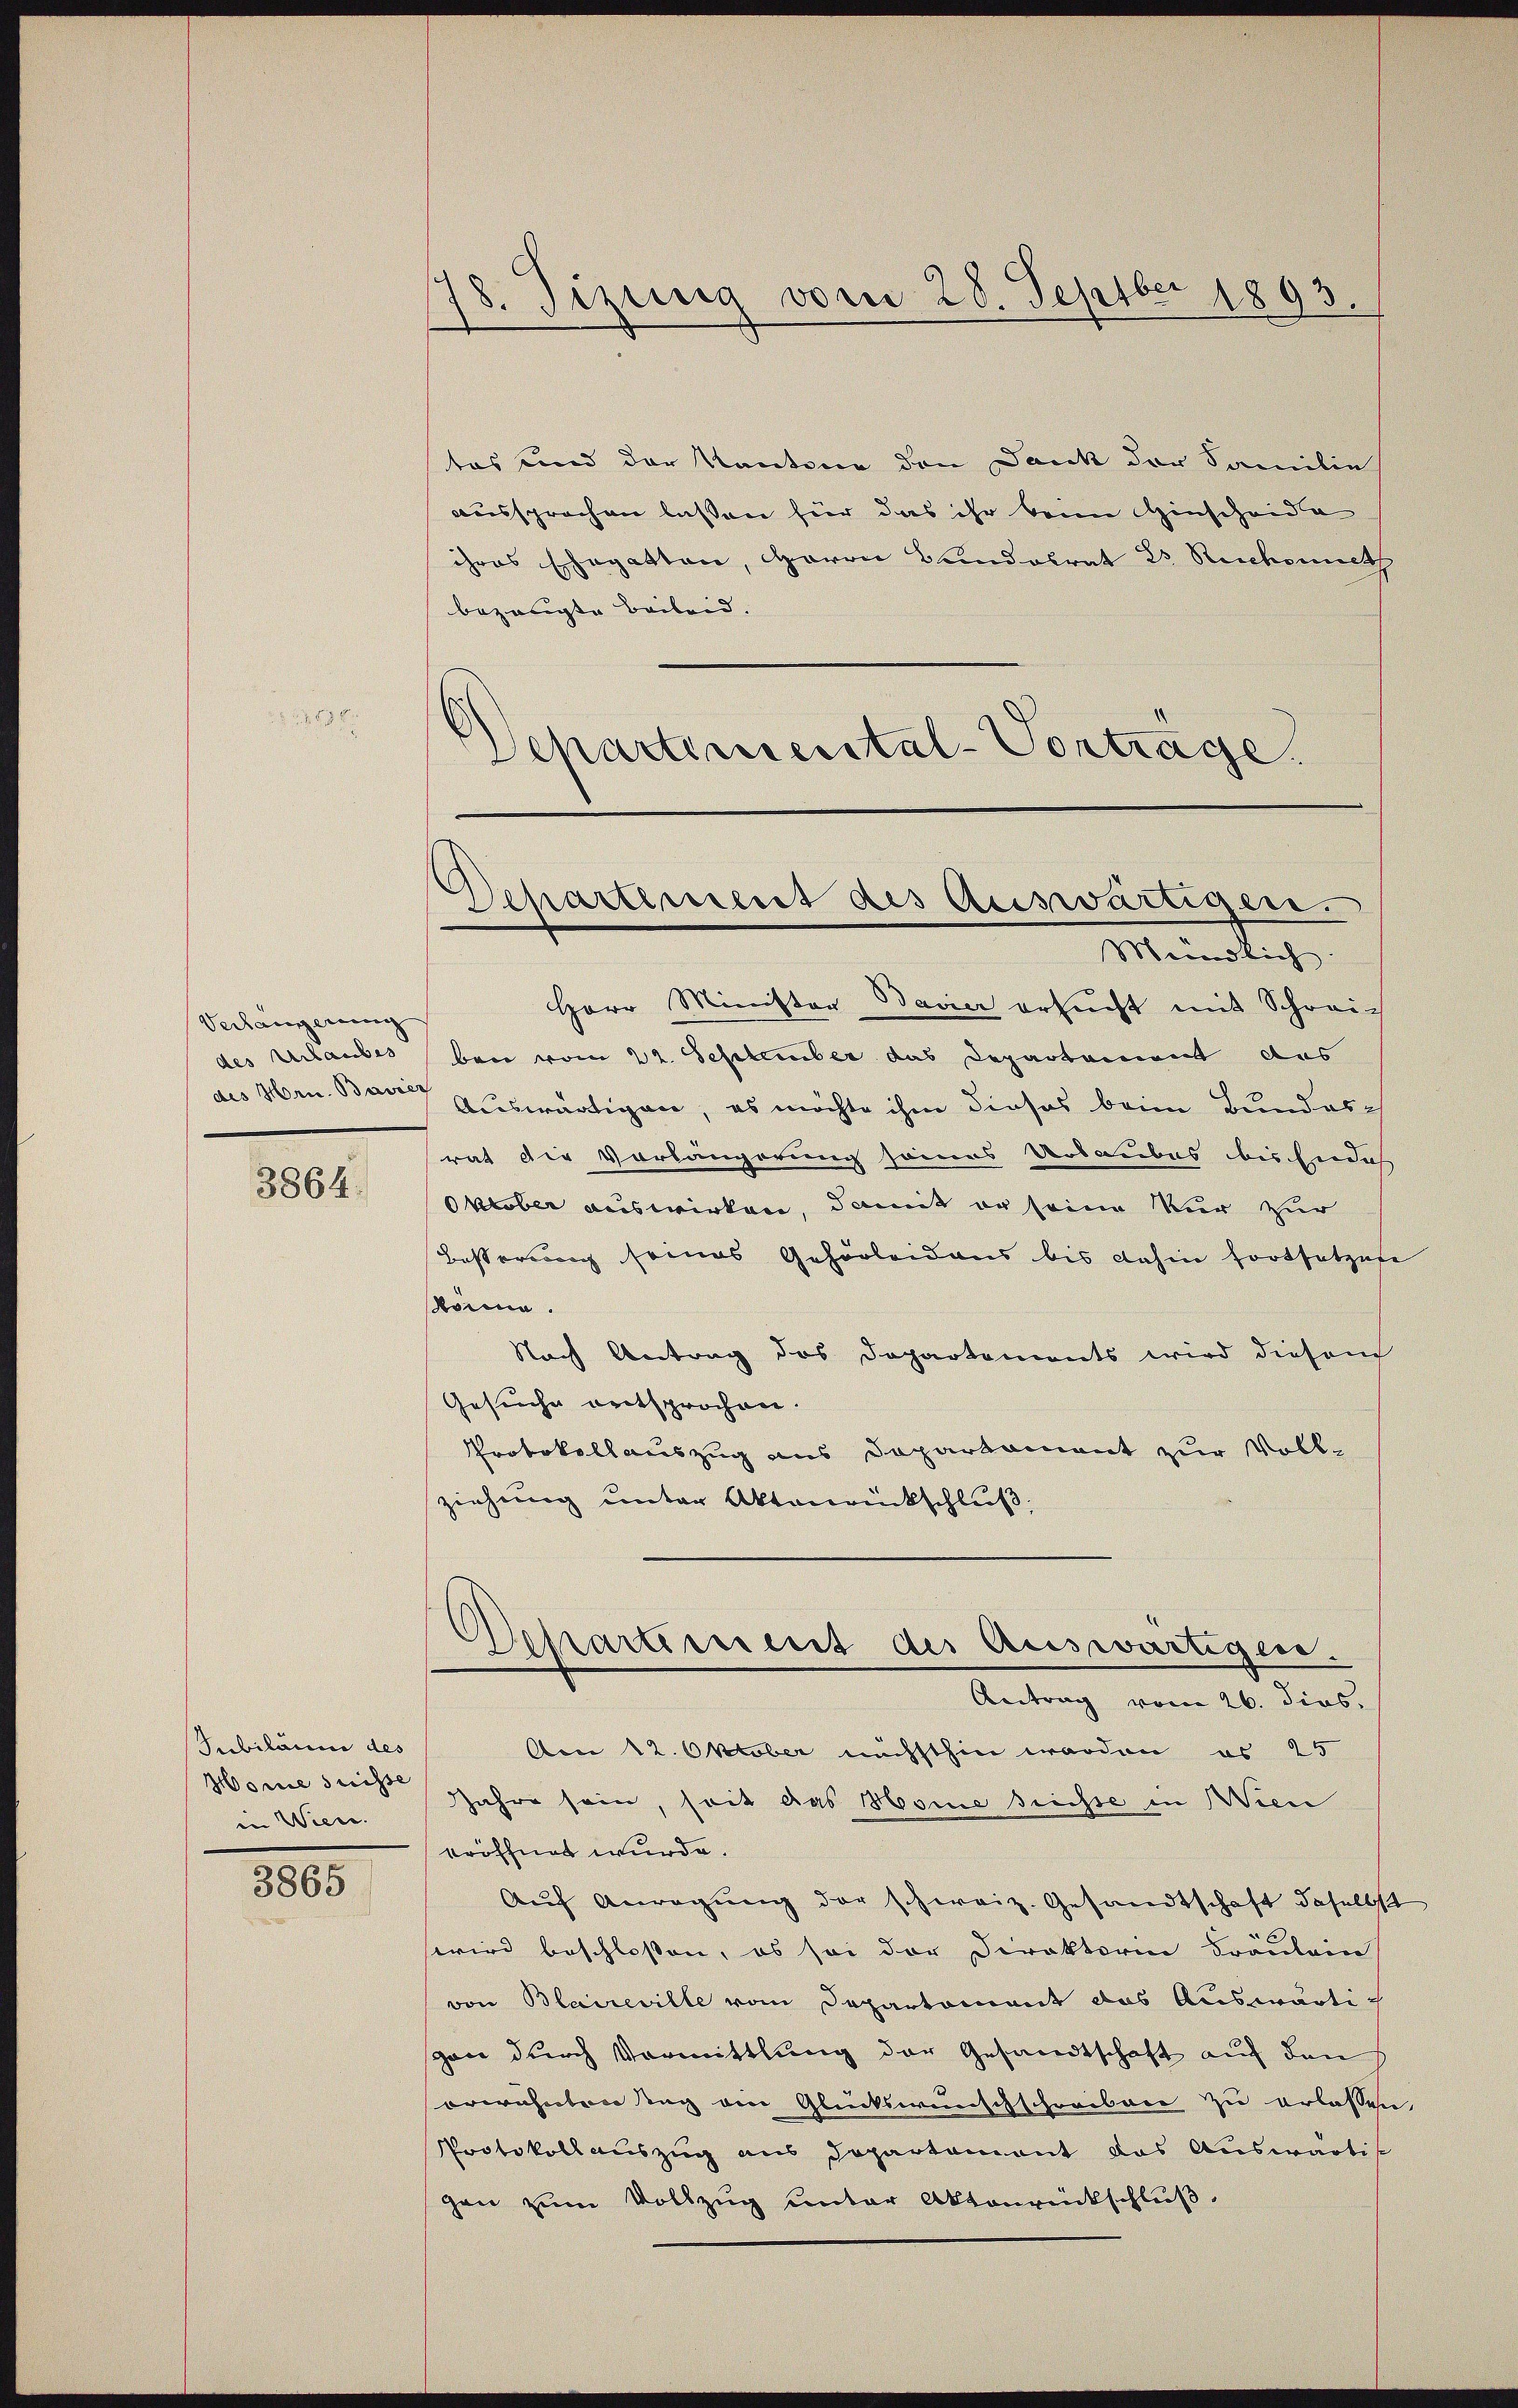
u

Verhängerung
des Urlaubes
des Hrn. Bavić

3864.

Subiläum des
Horne suisse
in Wiece.
8805

18. Sizung vom 28. Septber 1893.

tes und der Kantone den Dank der Familie
aussprochen lassen für das ihr beim Hinscheide
ihres Ehegatten, Baron Bundesrat 25 Stichoneth
bezeugte Beileid.
Schartemental-Vorträge.
Herr Minister Bavier ersucht mit Schreich
ben vom 22. September das Departement das
7 auswärtigen, es möchte ihm dieses beim Bundesrat die Vorlängerung seines Urlaubes bis Endes
Oktober auswirken, damit er seine Kur zur
Besserung seines Gehörleid aus bis dahin fortsetzese
ömma.
Nach Antrag des Departements wird diesem
Gesuche entsprochen.
Protokollauszug aus Departement zur Vollziehung unter Aktenrückschluß,
Departiment des Auswärtigen.
Antrag vom 26. dies
Accr 12. Oktober nächsthin werden es 25
Jahre sein, soit das Mome sichte in Wien
eröffnet wurde.
Auf Anregung der schweiz. Gesandtschaft daselbst
wwird beschlossen, ob sei der Direktorin Fräulein
von Blaireville vom Departement das Auswärtiscon durch Vormittlung der Gesandtschaft auf den
erwähnten Tag von Glückwunschschreiben zu erlassen
Protokollauszug aus Departement das Auswärtigen zum Vollzug unter Aktenrückschluß,

Departement des Auswärtigen.
Meidlich.